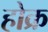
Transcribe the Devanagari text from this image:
होक्र